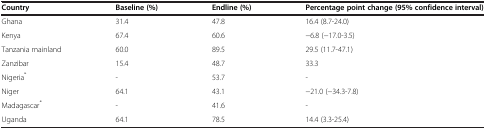
| Country | Baseline (%) | Endline (%) | Percentage point change (95% confidence interval) |
 | --- | --- | --- | --- |
 | Ghana | 31.4 | 47.8 | 16.4 (8.7-24.0) |
 | Kenya | 67.4 | 60.6 | −6.8 (−17.0-3.5) |
 | Tanzania mainland | 60.0 | 89.5 | 29.5 (11.7-47.1) |
 | Zanzibar | 15.4 | 48.7 | 33.3 |
 | Nigeria* | - | 53.7 | - |
 | Niger | 64.1 | 43.1 | −21.0 (−34.3-7.8) |
 | Madagascar* | - | 41.6 | - |
 | Uganda | 64.1 | 78.5 | 14.4 (3.3-25.4) |